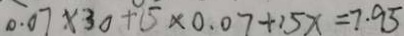
0 . 0 7 \times 3 0 + 1 5 \times 0 . 0 7 + 1 5 x = 7 . 9 5